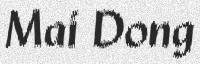
Mai Dong